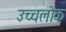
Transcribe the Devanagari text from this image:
उच्चलोक